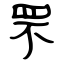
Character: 罘